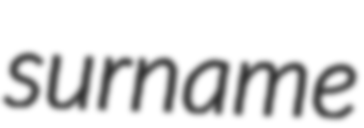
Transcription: surname